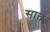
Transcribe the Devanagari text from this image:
सात